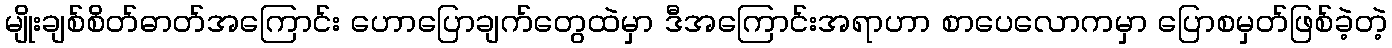
မျိုးချစ်စိတ်ဓာတ်အကြောင်း ဟောပြောချက်တွေထဲမှာ ဒီအကြောင်းအရာဟာ စာပေလောကမှာ ပြောစမှတ်ဖြစ်ခဲ့တဲ့